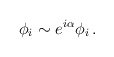
\begin{align*}\phi_{i} \sim e^{i\alpha}\phi_{i}\, .\end{align*}